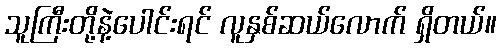
သူကြီးတို့နဲ့ပေါင်းရင် လူနှစ်ဆယ်လောက် ရှိတယ်။